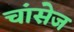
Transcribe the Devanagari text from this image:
चांसेज